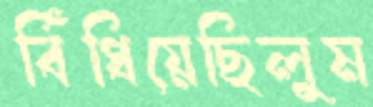
বিঁধিয়েছিলুম